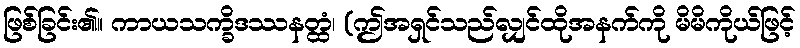
ဖြစ်ခြင်း၏။ ကာယသက္ခိဒဿနတ္ထံ၊ (ဤအရှင်သည်လျှင်ထိုအနက်ကို မိမိကိုယ်ဖြင့်